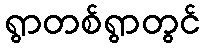
ရွာတစ်ရွာတွင်